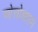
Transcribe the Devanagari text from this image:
ओत्तोथारम